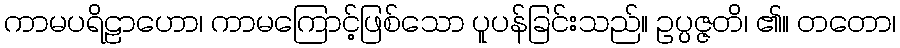
ကာမပရိဠာဟော၊ ကာမကြောင့်ဖြစ်သော ပူပန်ခြင်းသည်။ ဥပ္ပဇ္ဇတိ၊ ၏။ တတော၊